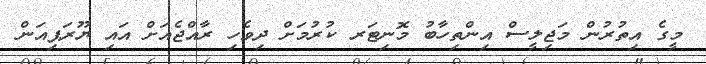
މީގެ އިތުރުން މަޖިލީސް އިންތިހާބު މޮނިޓަރ ކުރުމަށް ދިވެހި ރާއްޖެއަށް އައި ޔޫރަޕިއަން